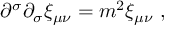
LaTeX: \partial ^ { \sigma } \partial _ { \sigma } \xi _ { \mu \nu } = m ^ { 2 } \xi _ { \mu \nu } ~ ,